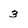
Character: 3